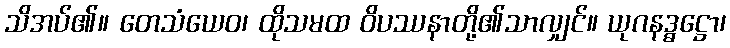
သိအပ်၏။ တေသံယေဝ၊ ထိုသမထ ဝိပဿနာတို့၏သာလျှင်။ ယုဂနဒ္ဓဋ္ဌော၊